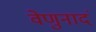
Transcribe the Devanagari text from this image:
वेणुनादं